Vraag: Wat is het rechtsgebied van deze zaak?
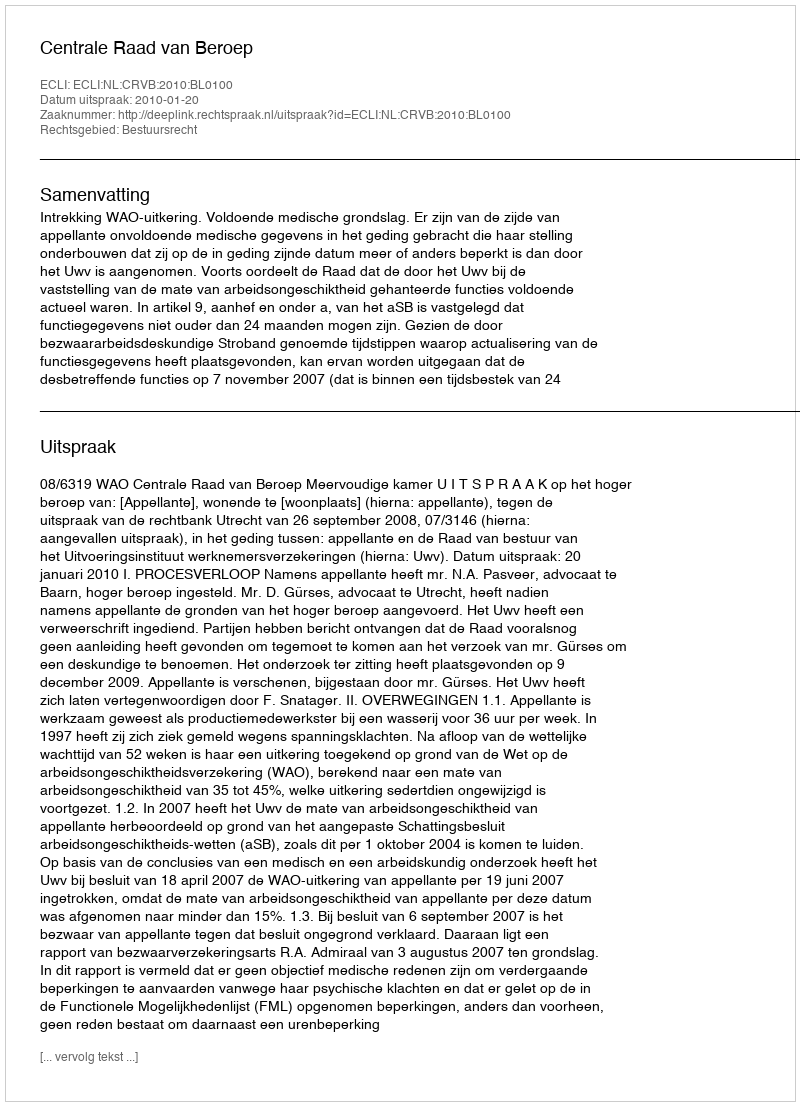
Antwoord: Bestuursrecht